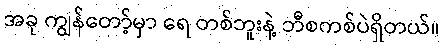
အခု ကျွန်တော့်မှာ ရေ တစ်ဘူးနဲ့ ဘီစကစ်ပဲရှိတယ်။